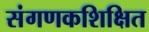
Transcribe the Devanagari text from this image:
संगणकशिक्षित